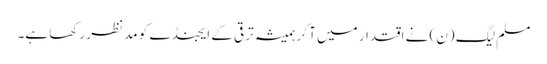
مسلم لیگ (ن) نے اقتدار میں آ کر ہمیشہ ترقی کے ایجنڈے کو مد نظر رکھا ہے۔